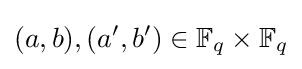
(a,b),(a',b')\in \mathbb {F} _{q}\times \mathbb {F} _{q}